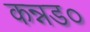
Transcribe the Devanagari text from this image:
कन्नड०